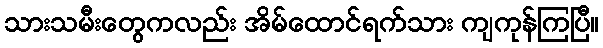
သားသမီးတွေကလည်း အိမ်ထောင်ရက်သား ကျကုန်ကြပြီ။